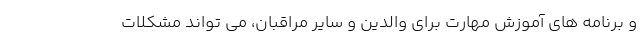
و برنامه های آموزش مهارت برای والدین و سایر مراقبان، می تواند مشکلات